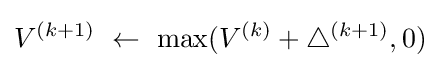
V^{(k+1)}~\leftarrow ~\max(V^{(k)}+\bigtriangleup ^{(k+1)},0)